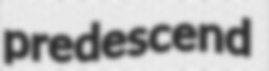
predescend